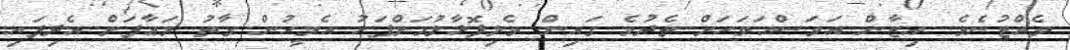
ވެއްޓުނެވެ. އިޒާން އަވަސްއަވަހަށް ތެދުވެ ގައިން ވެލިފޮޅާލުމަށްފަހު އެމީހުން ގާތު މަޢާފަށް އެދިފައި